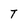
Character: T